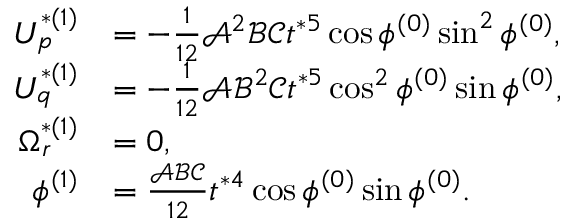
\begin{array} { r l } { U _ { p } ^ { * ( 1 ) } } & { = - \frac { 1 } { 1 2 } \mathcal { A } ^ { 2 } \mathcal { B } \mathcal { C } t ^ { * 5 } \cos \phi ^ { ( 0 ) } \sin ^ { 2 } \phi ^ { ( 0 ) } , } \\ { U _ { q } ^ { * ( 1 ) } } & { = - \frac { 1 } { 1 2 } \mathcal { A } \mathcal { B } ^ { 2 } \mathcal { C } t ^ { * 5 } \cos ^ { 2 } \phi ^ { ( 0 ) } \sin \phi ^ { ( 0 ) } , } \\ { \Omega _ { r } ^ { * ( 1 ) } } & { = 0 , } \\ { \phi ^ { ( 1 ) } } & { = \frac { \mathcal { A } \mathcal { B } \mathcal { C } } { 1 2 } t ^ { * 4 } \cos \phi ^ { ( 0 ) } \sin \phi ^ { ( 0 ) } . } \end{array}